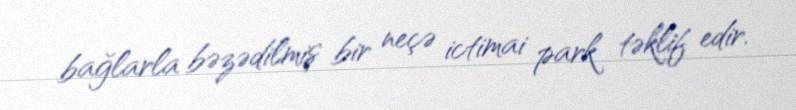
bağlarla bəzədilmiş bir neçə ictimai park təklif edir.